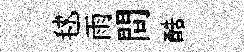
毬雨間酷